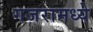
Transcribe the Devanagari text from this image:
गजरामध्ये